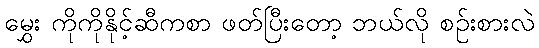
မွှေး ကိုကိုနိုင့်ဆီကစာ ဖတ်ပြီးတော့ ဘယ်လို စဉ်းစားလဲ